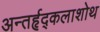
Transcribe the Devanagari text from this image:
अन्तर्हृद्कलाशोथ